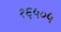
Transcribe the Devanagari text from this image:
१६५०५